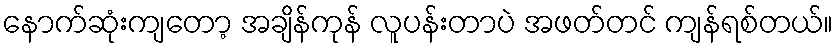
နောက်ဆုံးကျတော့ အချိန်ကုန် လူပန်းတာပဲ အဖတ်တင် ကျန်ရစ်တယ်။